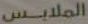
الملابس